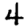
Digit: 4